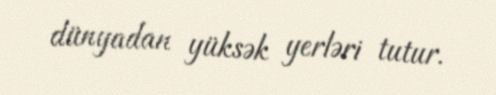
dünyadan yüksək yerləri tutur.